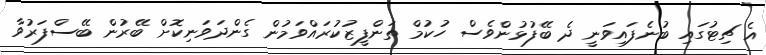
އެ ޗިޓުގައި ބުނެފައިވަނީ ދެ ބޭފުޅުންވެސް ހުކުމް ތަންފީޒުކުރައްވަމުން ގެންދަވަނިކޮށް ބޭރުން ބޭސްފަރުވާ